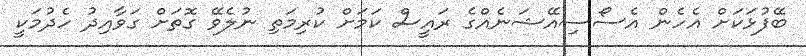
ބޭފުޅަކަށް އެހެން އެސޯސިއޭޝަނެއްގެ ރައީސް ކަމަށް ކުރިމަތި ނުލެވޭ ގޮތަށް ގަވާއިދު ހެދުމަކީ